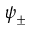
\psi _ { \pm }